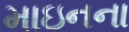
માઇનના